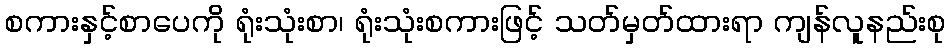
စကားနှင့်စာပေကို ရုံးသုံးစာ၊ ရုံးသုံးစကားဖြင့် သတ်မှတ်ထားရာ ကျန်လူနည်းစု